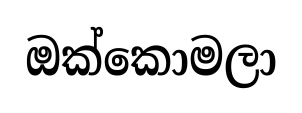
ඔක්කොමලා